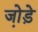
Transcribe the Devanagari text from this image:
जो़ड़े